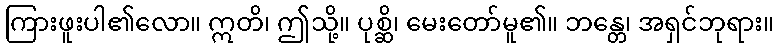
ကြားဖူးပါ၏လော။ ဣတိ၊ ဤသို့။ ပုစ္ဆိ၊ မေးတော်မူ၏။ ဘန္တေ၊ အရှင်ဘုရား။